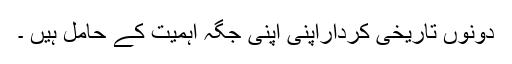
دونوں تاریخی کرداراپنی اپنی جگہ اہمیت کے حامل ہیں ۔